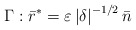
\begin{align*}\Gamma:\bar{r}^{\ast}=\varepsilon \left \vert \delta \right \vert ^{-1/2}\bar{n}\end{align*}